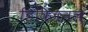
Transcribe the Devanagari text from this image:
डिविज़नल